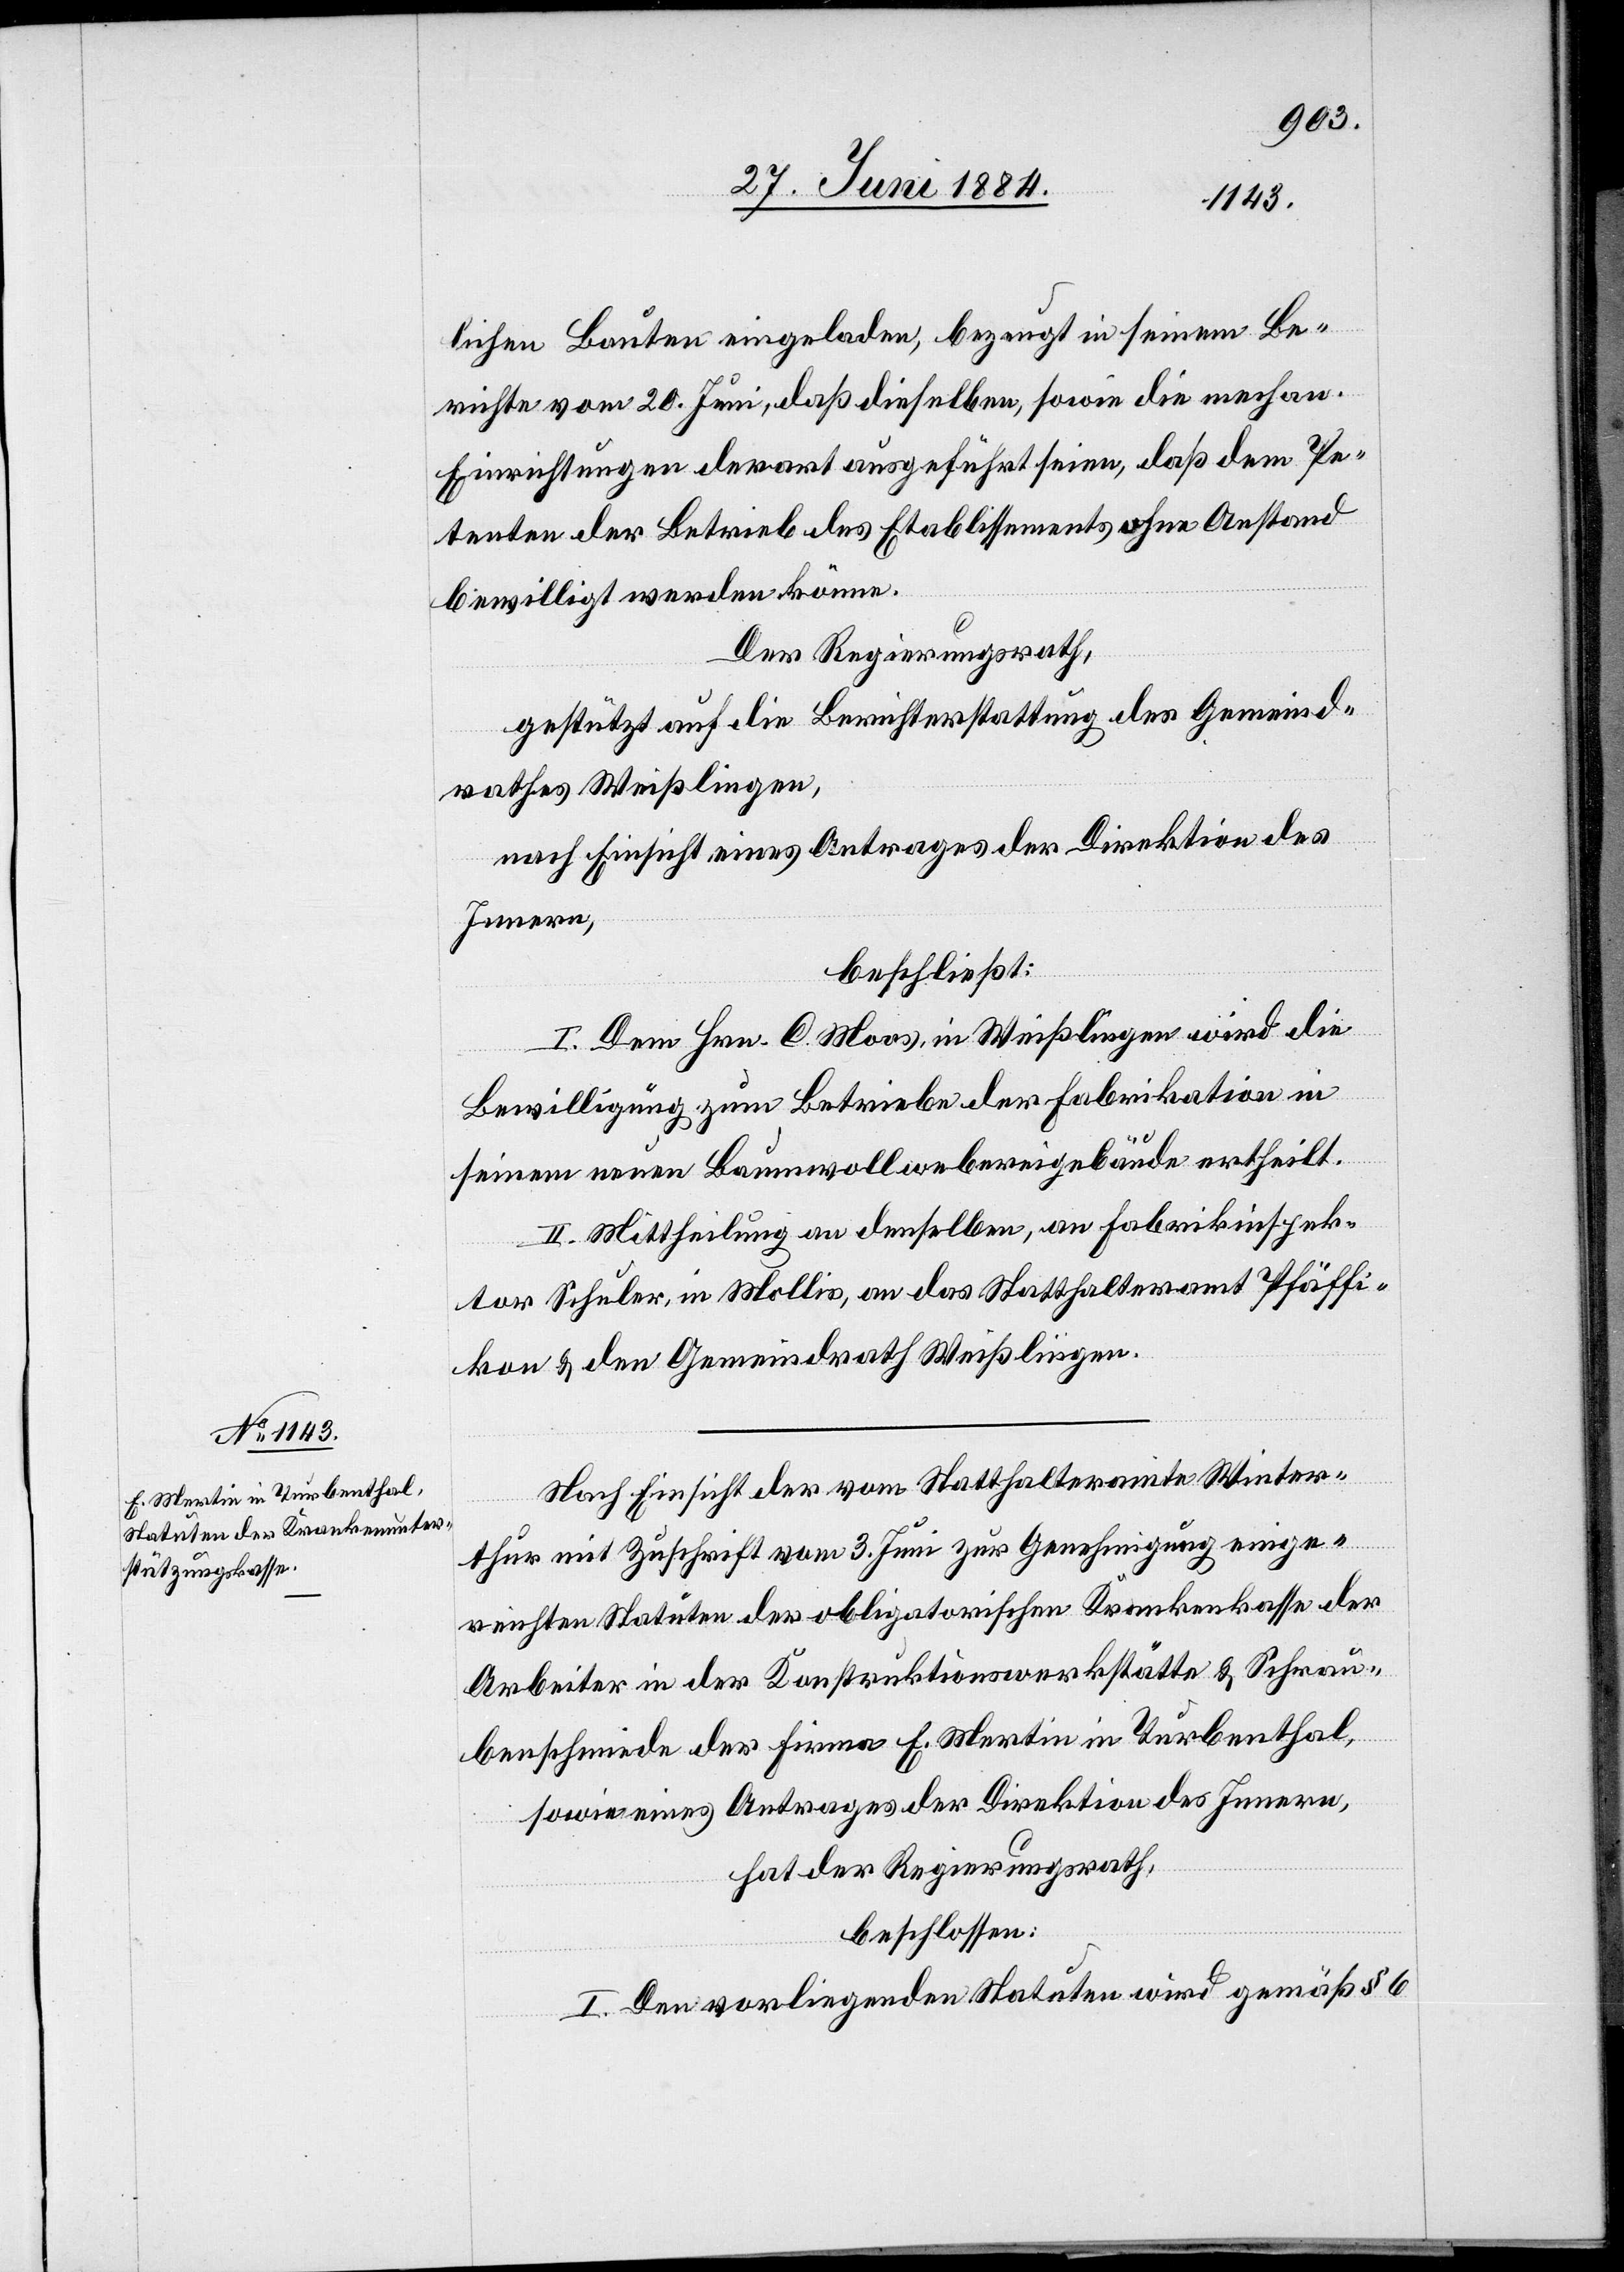
lichen Bauten eingeladen, bezeugt in seinem Be¬
richte vom 20. Juni, daß dieselben, sowie die mechan.
Einrichtungen derart ausgeführt seien, daß dem Pe¬
tenten der Betrieb des Etablissements ohne Anstand
bewilligt werden könne.
Der Regierungsrath,
gestützt auf die Berichterstattung des Gemeind¬
rathes Weißlingen,
nach Einsicht eines Antrages der Direktion des
Innern,
beschließt:
I. Dem Hrn. C. Moos, in Weißlingen wird die
Bewilligung zum Betriebe der Fabrikation in
seinem neuen Baumwollwebereigebäude ertheilt.
II. Mittheilung an denselben, an Fabrikinspek¬
tor Schuler, in Mollis, an das Statthalteramt Pfäffi¬
kon & den Gemeindrath Weißlingen.
Nach Einsicht der vom Statthalteramte Winter¬
thur mit Zuschrift vom 3. Juni zur Genehmigung einge¬
reichten Statuten der obligatorischen Krankenkasse der
Arbeiter in der Konstruktionswerkstätte & Schrau¬
benschmiede der Firma E. Mertin in Turbenthal,
sowie eines Antrages der Direktion des Innern,
hat der Regierungsrath,
beschlossen:
I. Den vorliegenden Statuten wird gemäß § 6